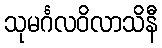
သုမင်္ဂလဝိလာသိနီ